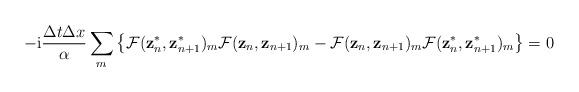
LaTeX: \begin{align*}-\mathrm{i}\frac{\Delta t\Delta x}{\alpha}\sum_m\left\{\mathcal{F}(\mathbf{z}_n^*,\mathbf{z}_{n+1}^*)_m\mathcal{F}(\mathbf{z}_n,\mathbf{z}_{n+1})_m-\mathcal{F}(\mathbf{z}_n,\mathbf{z}_{n+1})_m \mathcal{F}(\mathbf{z}^*_n,\mathbf{z}^*_{n+1})_m\right\}=0\end{align*}